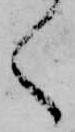
く